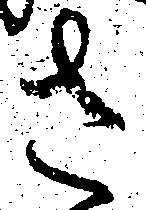
さ